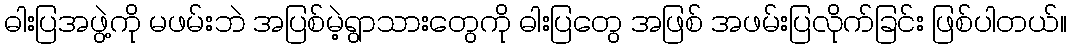
ဓါးပြအဖွဲ့ကို မဖမ်းဘဲ အပြစ်မဲ့ရွာသားတွေကို ဓါးပြတွေ အဖြစ် အဖမ်းပြလိုက်ခြင်း ဖြစ်ပါတယ်။